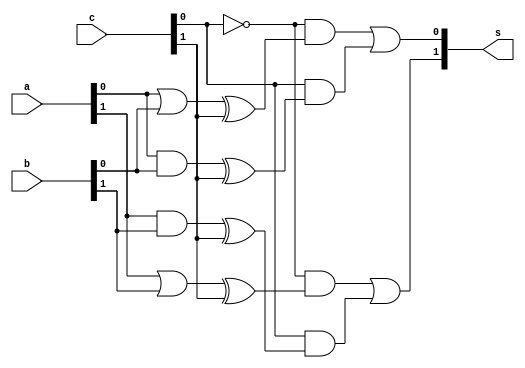
// ------------------------- 
// Exemplo0033 - F4 
// Nome: Pedro Henrique Vilar Locatelli 
// ------------------------- 
// ------------------------- 
// f4_gate 
// ------------------------- 
module f4 (output [1:0] s, 
input [1:0] a, 
input [1:0] b, 
input [1:0] c); 

wire w1,w2,w3,w4,w5,w6,w7,w8;
wire q1,q2,q3,q4;

or or1 (w1, a[0], b[0]);
and and1 (w2,a[0],b[0]);
or or2 (w3, a[1], b[1]);
and and2 (w4, a[1], b[1]);
xor xor1 (q1, w1, c[1]);
xor xor2 (q2, w2, c[1]);
xor xor3 (q3, w3, c[1]);
xor xor4 (q4, w4, c[1]);
and and3 (w5, ~c[0], q1);
and and4 (w6, c[0], q2);
and and5 (w7, ~c[0], q3);
and and6 (w8, c[0], q4);
or or3 (s[0], w5, w6);
or or4 (s[1], w7, w8);


endmodule // f4 
module test_f4; 
// ------------------------- definir dados 
reg [1:0] w; 
reg [1:0] x; 
reg [1:0] y; 
wire [1:0] z; 
f4 modulo (z, x, y, w); 
// ------------------------- parte principal 
initial begin 
$display("Exemplo0033 - Pedro Henrique Vilar Locatelli - 427453"); 
$display("Test LU's module"); 
$display("01-and, 00-or, 11-nand, 10-nor"); 
x = 2'b11; y = 2'b01; w = 2'b00;
// projetar testes do modulo 
#1 $display("%3b %3b %3b %3b",x,y,w,z); 
 w = 2'b01;
#1 $display("%3b %3b %3b %3b",x,y,w,z); 
 w = 21'b10;
#1 $display("%3b %3b %3b %3b",x,y,w,z); 
 w = 2'b11;
#1 $display("%3b %3b %3b %3b",x,y,w,z); 
end 
endmodule // test_f4